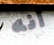
أنه